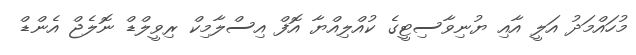
މުހައްމަދު އަލީ އާއި ޔުނިވާސިޓީގެ ކުއްލިއްޔާ އޮފް އިސްލާމިކް ރިވީލްޑް ނޮލެޖް އެންޑް